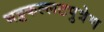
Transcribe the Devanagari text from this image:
भट्टकल्लटपुत्रेण